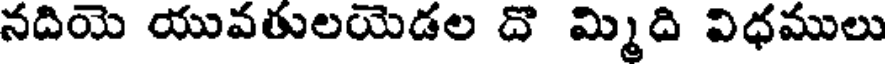
నదియె యువతులయెడల దొ మ్మిది విధములు